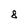
Character: 8